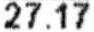
27.17